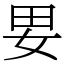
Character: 㚻